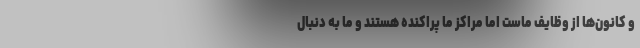
و کانون‌ها از وظایف ماست اما مراکز ما پراکنده هستند و ما به دنبال